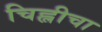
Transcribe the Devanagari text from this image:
चिह्लीचा